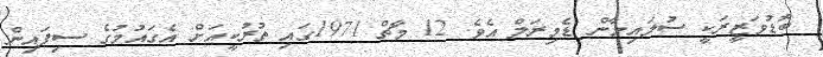
ބޮޑުވަޒީރަކީ ސުލައިމާން ޑެމިރަލް އެވެ. 12 މާޗް 1971ގައި ތުރުކީއަށް އެގައުމުގެ ސިފައިން